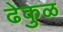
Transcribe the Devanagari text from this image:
ढेकुळ